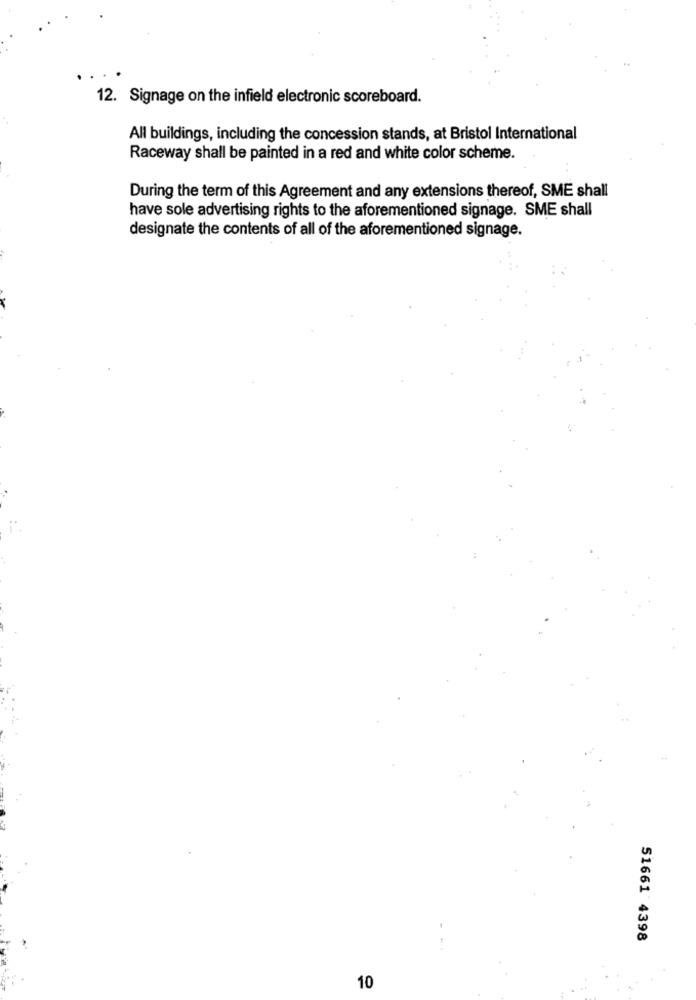
12. Signage on the infield electronic scoreboard.
All buildings, including the concession stands, at Bristol International
Raceway shall be painted in a red and white color scheme.
During the term of this Agreement and any extensions thereof, SME shall
have sole advertising rights to the aforementioned signage. SME shall
designate the contents of all of the aforementioned signage.
51661 4398
...
10